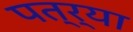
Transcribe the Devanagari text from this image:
पत्र्या